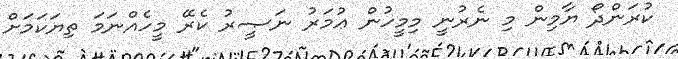
ކުރަންދޯ ޔާމިން މި ނެރުނީ މިމީހުން ޢުމަރު ނަޞީރު ކެރޭ މީހެއްނަމަ ތިޔަކަމަށް